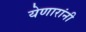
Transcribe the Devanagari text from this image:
येणारांनी